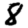
Digit: 8